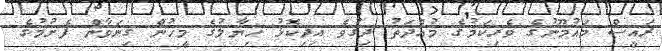
ރައީސް މައުމޫނުގެ ވެރިކަމުގެ މުއްދަތު ދިގުވެ އިދިކޮޅު ހިޔާލުގެ މީހުން ގިނަވާން ފެށުމުގެ